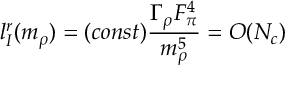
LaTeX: l _ { I } ^ { r } ( m _ { \rho } ) = ( c o n s t ) \frac { \Gamma _ { \rho } F _ { \pi } ^ { 4 } } { m _ { \rho } ^ { 5 } } = O ( N _ { c } )